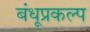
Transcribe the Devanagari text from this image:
बंधूप्रकल्प